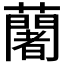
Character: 𮒼